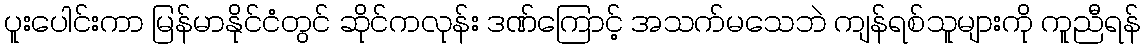
ပူးပေါင်းကာ မြန်မာနိုင်ငံတွင် ဆိုင်ကလုန်း ဒဏ်ကြောင့် အသက်မသေဘဲ ကျန်ရစ်သူများကို ကူညီရန်